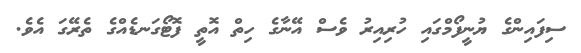
ސިފައިންގެ ޔުނީފޯމްގައި ހުރިއިރު ވެސް އޭނާގެ ހިތް އޮތީ ފޮޓޯގަނޑެއްގެ ތެރޭގަ އެވެ.